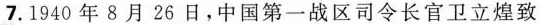
7.1940年8月26日，中国第一战区司令长官卫立煌致